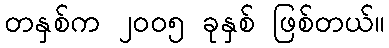
တနှစ်က ၂၀၀၅ ခုနှစ် ဖြစ်တယ်။